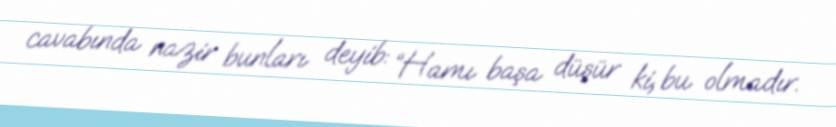
cavabında nazir bunları deyib: “Hamı başa düşür ki, bu olmadır.